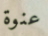
عنوة